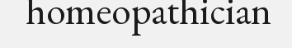
homeopathician